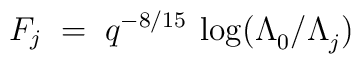
F_{j} \; = \; q^{-8/15}\: \log(\Lambda_{0}^{}/\Lambda_{j}^{})